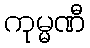
ကုမ္မဏီ